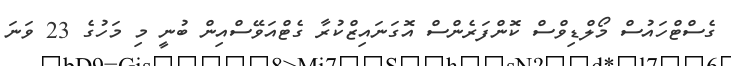
ގެސްޓްހައުސް މޯލްޑިވްސް ކޮންފަރެންސް އޮގަނައިޒްކުރާ ގެޓްއަވޭސްއިން ބުނީ މި މަހުގެ 23 ވަނަ